Annual statistical returns and brief notes on vaccination in Bengal - 1887-1898
Year: 1887
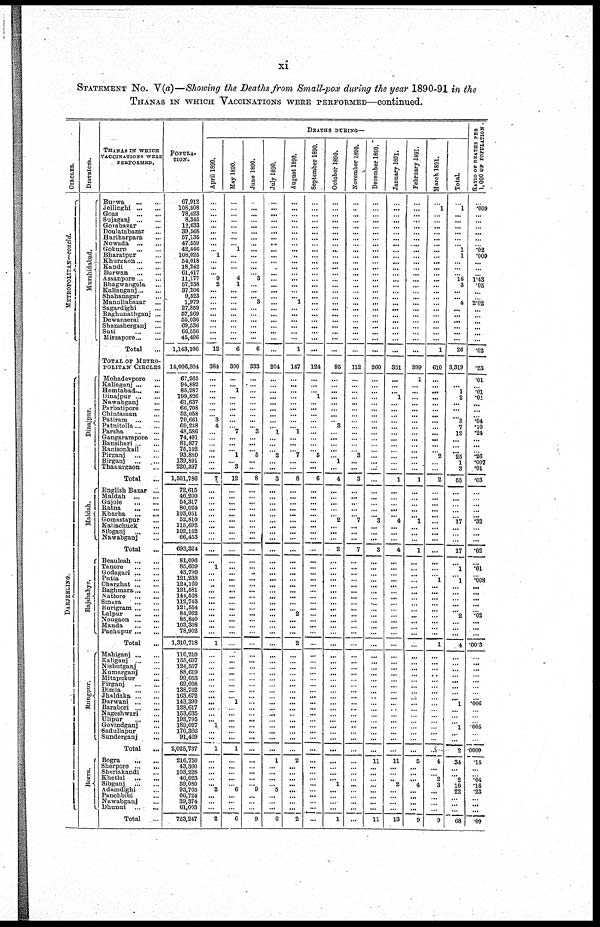
xi
STATEMENT No. V(a)—Showing the Deaths from Small-pox during the year 1890-91 in the
THANAS IN WHICH VACCINATIONS WERE PERFORMED—continued.
CIRCLES.
METROPOLITAN—concld.
DARJEELING.
DISTRICTS.
Murshidabad.
Dinajpur.
Maldah.
Rajshahye.
Rungpur.
Bokra.
THANAS IN WHICH
VACCINATIONS WERE
PERFORMED.
Burwa
...
...
Jellinghi ... ...
Goas
...
...
Sujaganj ... ...
Gorabazar ... ...
Doulatabazar ...
Hariharpara ...
Nowada
...
...
Gokurn
...
...
Bharatpur ...
Khurgaon ... ...
Kandi
...
...
Burwan
...
...
Assanpore ... ...
Bhagwangola ... ...
Kalianganj ... ...
Shahanagar ...
Manullabazar ...
Sagardighi ...
Raghunathganj ...
Dewanserai ...
Shamsherganj ...
Suti
...
...
Mirzapore ... ...
Total ...
TOTAL OF METRO¬
POLITIN CIRCLES
Mohadevpore ...
Kaliagunj ... ...
Hemtabad ... ...
Dinajpur ... ...
Nawabganj ...
Parbatipore ...
Chintaman ...
Patiram ... ...
Patnitolla ... ...
Parsha
...
...
Gangarampore ...
Bansihari ... ...
Ranisonkail ...
Pirganj ...
Birganj
...
...
Thakurgaon ...
Total
...
English Bazar ...
Maldah ...
Gajole
...
...
Ratna
...
...
Kharba
...
...
Gomastapur ...
Kaliachuck
...
Sibganj
...
...
Nawabganj ...
Total ...
Beauleah ... ...
Tanore
...
...
Godagari ... ...
Putia ... ...
Charghat ... ...
Baghmara ... ...
Nattore
...
...
Singra
...
...
Burigram ... ...
Lalpur
...
...
Nougaon ... ...
Manda ... ...
Pachupur
Total ...
Mahiganj ... ...
Kaliganj ... ...
Nisbutganj ...
Kumarganj ...
Mitapukur
...
Pirganj
...
...
Dimla
...
...
Jhaldaka ... ...
Darwani ... ...
Barabori ... ...
Nageshwari ...
Ulipur
...
...
Govindganj ...
Sadullapur ... ...
Sunderganj ...
Total ...
Bogra
...
...
Sherpore ... ...
Sheriakandi ...
Khetlal
...
...
Sibganj ...
Adamdighi ...
Panchbibi ...
Nawabganj ...
Dhunut
...
...
Total ...
POPULA-
----.
67,912
108,508
78,423
8,346
12,633
39,568
57,135
47,559
42,446
108,025
54,018
18,242
61,417
11,177
57,238
37,206
9,523
1,979
27,869
57,269
55,036
69,536
66,556
45,496
1,143,106
14,006,304
67,265
94,882
85,287
199,826
61,637
66,708
52,058
70,661
69,238
48,586
74,491
81,877
75,102
93,850
139,891
220,397
1,501,786
72,615
46,200
54,317
80,024
103,051 52,810
115,692
102,162
66,453
693,324
81,096
85,609
43,799
121,238
124,160
121,581
144,568
112,743
121,554
84,962
85,840
103,308
78,902
1,310,718
116,210
155,607
124,507
88,619
99,053
69,008
138,762
163,672
143,390
128,617
153,635
193,795
189,027
170,366
91,469
2,025,737
216,750
43,360
103,228
40,023
59,080
93,705
66,724
39,374
61,003
723,247
DEATHS DURING—
April 1890.
...
...
...
...
...
...
...
...
...
1
...
...
... 9
2
...
... ...
...
...
...
...
...
...
12
384
...
...
...
...
...
...
... 3
4
...
...
...
... ...
...
...
7
...
...
...
...
...
...
...
...
...
...
...
1
...
... ...
...
...
...
...
...
...
...
...
1
...
...
...
...
...
...
...
...
...
...
...
... 1
...
...
1
...
...
...
...
... 2
...
...
...
2
May 1890.
...
...
...
...
...
...
...
...
1
...
...
...
...
4
1
...
...
...
...
...
...
...
...
...
6
300
...
... 1
...
...
...
...
...
... 7
...
...
... 1
... 3
12
...
...
...
...
...
...
...
...
...
...
...
...
...
...
... ...
...
...
...
...
...
...
...
...
...
...
...
...
...
...
...
... 1
...
...
...
...
...
...
1
...
...
...
...
... 6
...
...
...
6
June 1890.
...
...
...
...
...
...
...
...
...
...
...
...
...
3
...
...
... 3
...
...
...
...
...
...
6
333
...
...
...
...
...
...
...
...
... 3
...
...
... 5
...
...
8
...
...
...
...
...
...
...
...
...
...
...
...
...
...
...
...
...
...
...
...
...
...
...
...
...
...
...
...
...
...
...
...
...
...
...
...
...
...
...
...
...
...
...
...
... 9
...
...
...
9
July 1890.
...
...
...
...
...
...
...
...
...
...
...
...
...
...
...
...
... ...
...
...
...
...
...
...
...
204
...
...
...
...
...
...
...
...
... 1
...
...
... 2
...
...
3
...
...
...
...
...
...
...
...
...
...
...
...
...
...
...
...
...
...
...
...
...
...
...
...
...
...
...
...
...
...
...
...
...
...
...
...
... ...
...
...
1
...
...
...
... 5
...
...
...
6
August 1890.
...
...
...
...
...
...
...
...
...
...
...
...
...
...
...
...
... 1
...
...
...
...
...
...
1
147
...
...
...
...
...
...
...
...
... 1
...
...
... 7
...
8
...
...
...
...
...
...
...
...
...
...
...
...
...
...
...
...
...
...
... 2
...
...
...
2
...
...
...
...
...
...
...
...
...
...
...
...
...
...
...
...
2
...
...
...
...
...
...
...
...
2
September 1890.
...
...
...
...
...
...
...
...
...
...
...
...
...
...
...
...
... ...
...
...
...
...
...
...
...
124
...
...
... 1
...
...
...
...
...
...
...
...
... 5
...
...
6
...
...
...
...
...
...
...
...
...
...
...
...
...
...
...
...
...
...
...
...
...
...
...
...
...
...
...
...
...
...
...
...
...
...
...
...
... ...
...
...
...
...
...
...
...
...
...
...
...
...
October 1890.
...
...
...
...
...
...
...
...
...
...
...
...
...
...
...
...
... ...
...
...
...
...
...
...
...
95
...
...
...
...
...
...
...
... 3
...
...
...
... ... 1
...
4
...
...
...
...
... 2
...
...
...
2
...
...
...
...
...
...
...
...
...
...
...
...
...
...
...
...
...
...
...
...
...
...
...
...
...
...
...
...
...
...
...
...
...
... 1
...
...
...
...
1
November 1890.
...
...
...
...
...
...
...
...
...
...
...
...
...
...
...
...
...
...
...
...
...
...
...
...
...
112
...
...
...
...
...
...
...
...
...
...
...
...
... 3
...
...
3
...
...
...
...
... 7
...
...
...
7
...
...
...
...
...
...
...
...
... ...
...
...
...
...
...
...
...
...
...
...
...
...
...
...
...
...
...
...
...
...
...
...
...
...
...
...
...
...
...
...
December 1890.
...
...
...
...
...
...
...
...
...
...
...
...
...
...
...
...
... ...
...
...
...
...
...
...
...
260
...
...
...
...
...
...
...
...
...
...
...
...
... ...
...
...
...
...
...
...
...
... 3
...
...
...
3
...
...
...
...
...
...
...
...
...
...
...
...
...
...
...
...
...
...
...
...
...
...
...
...
...
...
... ...
...
...
11
...
...
...
...
...
...
...
...
11
January 1891.
...
...
...
...
...
...
...
...
...
...
...
...
...
...
...
...
... ...
...
...
...
...
...
...
...
351
...
...
... 1
...
...
...
...
...
...
...
...
... ...
...
...
1
...
...
...
...
... 4
...
...
...
4
...
...
...
...
...
...
...
...
...
...
...
...
...
...
...
...
...
...
...
...
...
...
...
...
...
...
... ...
...
...
11
...
...
... 2
...
...
...
...
13
February 1891.
...
...
...
...
...
...
...
...
...
...
...
...
...
...
...
...
... ...
...
...
...
...
...
...
...
399
1
...
...
...
...
...
...
...
...
...
...
...
...
...
...
...
1
...
...
...
...
... 1
...
...
...
1
...
...
...
...
...
...
...
...
...
...
...
...
...
...
...
...
...
...
...
...
...
...
...
...
...
...
... ...
...
...
5
...
...
... 4
...
...
...
...
9
March 1891.
...
1
...
...
...
...
...
...
...
...
...
...
...
...
...
...
... ...
...
...
...
...
...
...
1
610
...
...
...
...
...
...
...
...
...
... ...
...
... 2
...
...
2
...
... ...
...
...
...
...
...
...
...
...
...
...
1
...
...
...
...
...
...
...
...
...
1
...
...
...
..
...
...
...
...
...
...
...
...
...
...
...
...
4
...
... 2
3
...
...
...
...
9
Total.
...
1
...
...
...
...
...
... 1
1
...
...
... 16
3
...
... 4
... ...
...
...
...
...
26
3,319
...
... 1
2
...
...
...
3
7
12
...
...
...
25
1
3
55
...
...
...
...
... 17
...
...
...
17
...
1
...
1
...
...
... ...
...
2
...
...
...
4
...
...
...
...
...
...
...
...
1
...
...
... 1
...
...
2
34
...
... 2
10
22
...
...
...
68
RATIO OF DEATHS PER
1,000 OF POPULATION.
...
.009
...
...
...
...
...
...
.02
.009
...
...
...
1.43
.05
...
...
2.02
...
...
...
...
...
...
.02
.23
.01
...
.01
.01
... ...
...
.04
.10
.24
...
...
... .26
.007
.01
.03
...
...
...
...
... .32
...
...
...
.02
...
.01
...
.008
...
...
...
...
...
.02
...
...
...
.00.3
...
...
...
...
...
...
...
...
.006
...
...
...
.005
...
...
.0009
.15
...
...
.04
.16
.23
...
...
...
.09